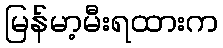
မြန်မာ့မီးရထားက